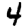
Digit: 4